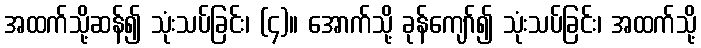
အထက်သို့ဆန်၍ သုံးသပ်ခြင်း၊ (၄)။ အောက်သို့ ခုန်ကျော်၍ သုံးသပ်ခြင်း၊ အထက်သို့